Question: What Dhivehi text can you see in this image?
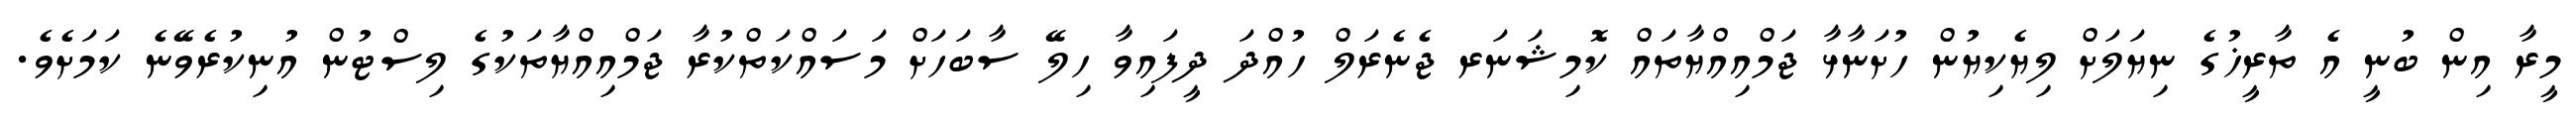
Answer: މީރާ އިން ބުނީ އެ ތާރީޚުގެ ނިޔަލަށް ލިޔެކިޔުން ހުށަނާޅާ ޖަމްއިއްޔާތައް ކޮމިޝަނަރ ޖެނެރަލް ހުއްދަ ދީފައިވާ ހިލޭ ސާބަހަށް މަސައްކަތްކުރާ ޖަމްއިއްޔާތަކުގެ ލިސްޓުން އުނިކުރެވޭނެ ކަމަށެވެ.